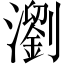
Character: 瀏